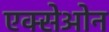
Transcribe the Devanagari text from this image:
एक्सेओन